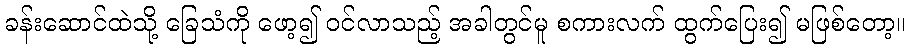
ခန်းဆောင်ထဲသို့ ခြေသံကို ဖော့၍ ဝင်လာသည့် အခါတွင်မူ စကားလက် ထွက်ပြေး၍ မဖြစ်တော့။